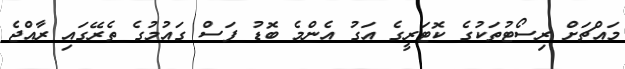
މައްޗަށް ރިސޯޓުތަކުގެ ކޮޓަރީގެ އަގު އެންމެ ބޮޑު ފަސް ގައުމުގެ ތެރޭގައި ރާއްޖެ